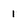
Character: 1